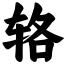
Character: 辂